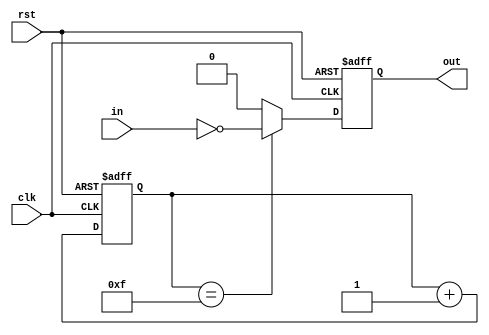
module nand_gate_delay (
    input clk, // System clock input
    input rst, // Reset signal input
    input in, // Input signal
    output reg out // Delayed output signal
);

reg [3:0] delay_counter;

always @(posedge clk or posedge rst) begin
    if (rst) begin
        out <= 1'b0;
        delay_counter <= 4'b0;
    end else begin
        if (delay_counter == 4'b1111) begin
            out <= ~in;
        end else begin
            out <= 1'b0;
        end
        delay_counter <= delay_counter + 1;
    end
end

endmodule